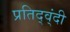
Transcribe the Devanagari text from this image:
प्रतिद्व्ंदी